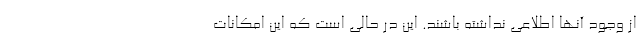
از وجود آنها اطلاعی نداشته باشند. این در حالی است که این امکانات